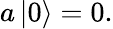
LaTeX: a\left|0\right\rangle=0.